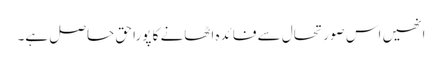
انھیں اس صورتحال سے فائدہ اٹھانے کا پورا حق حاصل ہے۔